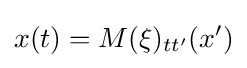
x(t)=M(\xi )_{tt'}(x')